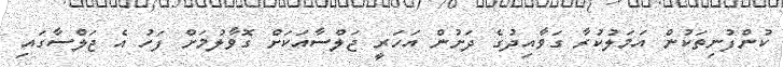
ކުންފުނިތަކުން އަމަލުކުރާ ގަވާއިދުގެ ދަށުން އަހަރީ ޖަލްސާއަކަށް ގޮވާލުމަށް ފަހު އެ ޖަލްސާގައި